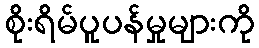
စိုးရိမ်ပူပန်မှုများကို